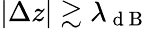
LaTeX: |\Delta z|\gtrsim\lambda_{\mathrm{~d~B~}}